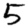
Digit: 5